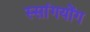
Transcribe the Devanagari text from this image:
स्सांगयोंग